[Report on the health of British troops in the Madras command]
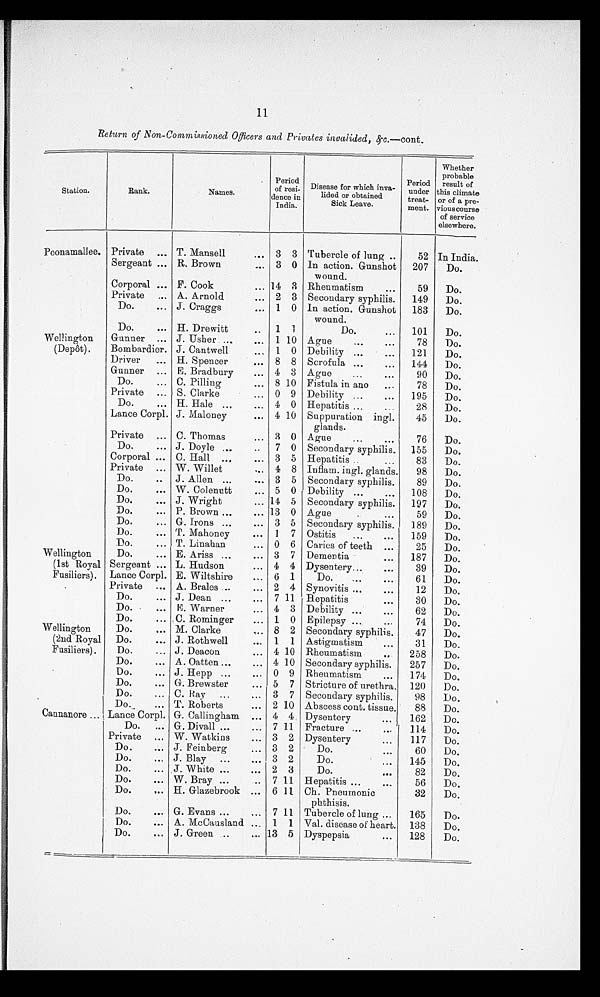
11
Return of Non-Commissioned Officers and Privates 'invalided, 4.c.—cont.
Station.
Rank.
Names.
Period
of resi-
deuce in
India.
i
Disease for which nva-
lided or obtained
Sick Leave.
Period
under
treat-
ment.
Whether
probable
result of
this climate
or of a pre-
vious course
of service
elsewhere.
Poonamallee. Private ... T. Mansell
... 3 3 Tubercle of lung ..
52 In India.
Sergeant ... R. Brown
3 0 In action. Gunshot
wound.
207
Do.
Corporal ... F. Cook
... 14 3 Rheumatism
•••
59
Do.
Private ,.. A. Arnold
... 2 3 Secondary syphilis.
149
Do.
Do.
... J. Craggs
e••
1
0 In action. Gunshot
wound.
183
Do.
Do.
... H. Drewitt
..
1 1
Do.
...
101
Do.
Wellington
Gunner ... J. Usher ...
••• 1 10 Ague
•••
•••
78
Do.
(Depot).
Bombardier. J. Cantwell
.. , 1 0 Debility ...
•••
121
Do.
Driver
... H. Spencer
••• 8 8 Scrofula ...
...
144
Do.
Gunner
E. Bradbury
... 4 3 Ague
...
•••
90
Do.
...
Do.
.., C. Pilling
... 8 10 Fistula in ano
...
78
Do.
Private ... S. Clarke
... 0 9 Debility ...
•••
195
Do.
Do.
... H. Hale ...
... 4 0 Hepatitis ...
...
28
Do.
Lance Corpl. J. Maloney
••• 4 10 Suppuration ingl.
glands.
45
Do.
Private ... C. Thomas
.• • 3 0 Ague
..,
•••
76
Do.
Do.
... J. Doyle ...
..
7 0 Secondary syphilis.
155
Do.
Corporal ... C. Hall ..,
... 3 5 Hepatitis ..
...
83
Do.
Private ... W. Willet
... 4 8 Inflam. ingl. glands.
98
Do.
Do.
.. J. Allen ...
... 3 5 Secondary syphilis.
89
Do.
Do.
... W. Colenutt
... 5 0 Debility ...
...
108
Do.
Do.
... J. Wright
... 14 5 Secondary syphilis.
197
Do.
Do.
... P. Brown ...
... 13 0 Ague
.
...
59
Do.
Do.
... G. _Irons ...
... 3 5 Secondary syphilis.
189
Do.
Do.
... T. Mahoney
... 1 7 Ostitis
. ,.
...
159
Do.
Do.
T. Linahan
... 0 6 Caries of teeth ...
25
Do.
Wellington
...
Do.
... E. Ariss ...
... 3 7 Dementia
...
187
Do.
(1st Royal Sergeant ... L. Hudson
... 4 4 Dysentery...
•••
39
Do.
Fusiliers). Lance Corpl. E. Wiltshire
... 6 1
Do.
•••
...
61
Do.
Private ... A. Brales ..
... 2 4 Synovitis ...
• • •
12
Do.
.
Do.
J. Dean
7 11 Hepatitis
...
30
Do.
...
Do.
...
...
M. Warner
...
... 4 3 Debility ...
...
62
Do.
Do.
... C. Rominger
••• 1 0 Epilepsy ...
...
74
Do.
Wellington
Do.
... M. Clarke
... 8 2 Secondary syphilis.
47
Do.
(2nd Royal Do.
J. Rothwell
... 1 1 Astigmatism
...
31
Do,
Fusiliers).
...
Do.
... J. Deacon
... 4 10 Rheumatism
..,
258
Do.
Do.
A. Oatten ...
... 4 10 Secondary syphilis.
257
Do.
•
...
Do.
J. Hepp ...
.., 0 9 Rheumatism
•••
174
Do.
...
Do.
... G. Brewster
5 7 Stricture of urethra. 120
Do.
Do.
... C. Hay
...
... 3 7 Secondary syphilis.
98
Do.
Do.
T. Roberts
... 2 10 Abscess cont. tissue. • 88
Do.
Cannanore ...
...
Lance Corpl. G. Callingham ... 4 4 Dysentery
•••
162
Do.
Do.
G. Divall
7 11 Fracture ...
...
114
Do.
...
Private ..,
...
W. Watkins
•••
..• 3 2 Dysentery
...
117
Do.
Do.
... J. Feinberg
... 3 2
Do.
•••
60
Do.
Do.
J. Blay
... 3 2
Do.
...
145
Do.
..,
Do.
...
J. White ...
... 2 3
Do.
0.•
82
Do.
...
Do.
W. Bray
7 11 Hepatitis ...
•••
56
Do.
...
Do.
...
...
H. Glazebrook
...
... 6 11 Ch. Pneumonic
phthisis.
32
Do.
Do.
G. Evans ...
... 7 11 Tubercle of lung ...
165
Do.
...
Do.
... A. McCausland ... 1 1 Val. disease of heart. 138
Do.
Do.
... J. Green ..
— 13 5 Dyspepsia
...
128
Do.